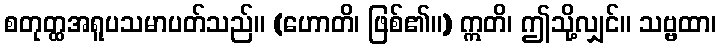
စတုတ္ထအရူပသမာပတ်သည်။ (ဟောတိ၊ ဖြစ်၏။) ဣတိ၊ ဤသို့လျှင်။ သဗ္ဗထာ၊